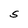
Character: S